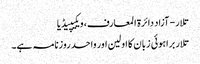
تلار - آزاد دائرۃ المعارف، ویکیپیڈیا
تلار براہوئی زبان کا اولین اور واحد روزنامہ ہے۔